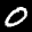
Label: 0